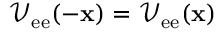
\mathcal { V } _ { \mathrm { e e } } ( - { \bf x } ) = \mathcal { V } _ { \mathrm { e e } } ( { \bf x } )